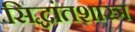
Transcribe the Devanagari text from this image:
सिद्धांतशास्त्र